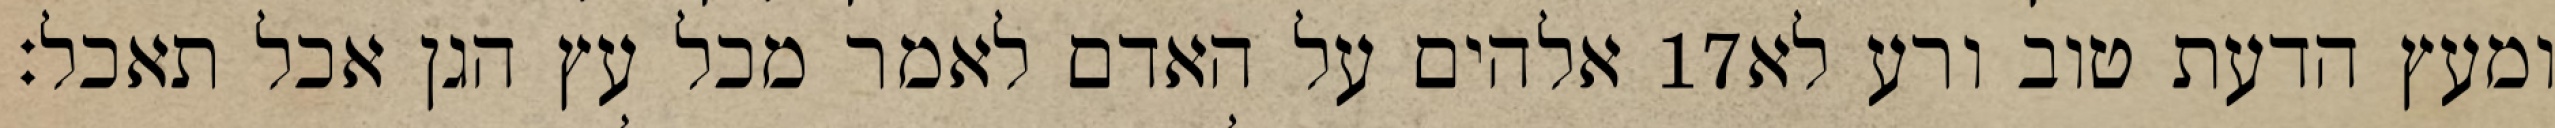
אלהים על האדם לאמר מכל עץ הגן אכל תאכל׃ ‎17‏ ומעץ הדעת טוב ורע לא